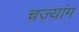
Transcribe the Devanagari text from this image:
चज्यांग